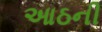
આઠની